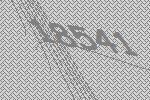
18541